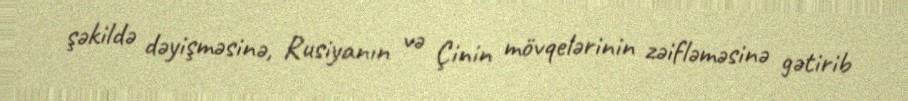
şəkildə dəyişməsinə, Rusiyanın və Çinin mövqelərinin zəifləməsinə gətirib